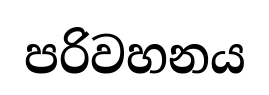
පරිවහනය